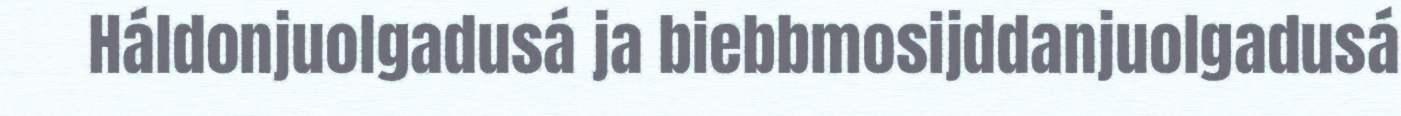
Háldonjuolgadusá ja biebbmosijddanjuolgadusá